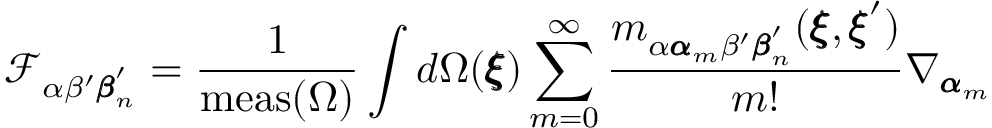
\mathcal { F } _ { \alpha \beta ^ { \prime } { \pmb \beta } _ { n } ^ { \prime } } = \frac { 1 } { \mathrm { m e a s } ( { \Omega } ) } \int d \Omega ( { \pmb \xi } ) \sum _ { m = 0 } ^ { \infty } \frac { m _ { \alpha { \pmb \alpha } _ { m } \beta ^ { \prime } { \pmb \beta } _ { n } ^ { \prime } } ( { \pmb \xi } , { \pmb \xi } ^ { \prime } ) } { m ! } \nabla _ { { \pmb \alpha } _ { m } }